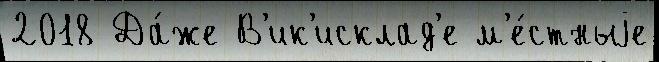
2018 Да́же В'ик'исклад'е м'е́стныjе